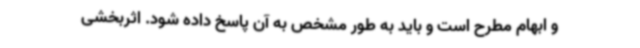
و ابهام مطرح است و باید به طور مشخص به آن پاسخ داده شود. اثربخشی